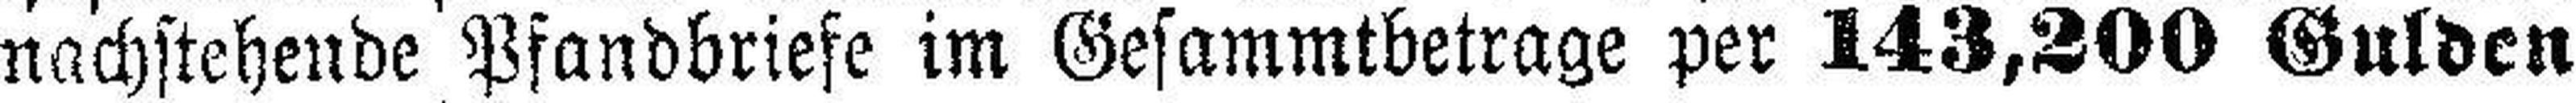
nachstehende Pfandbriefe im Gesammtbetrage per 143,200 Gulden